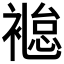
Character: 𧜐